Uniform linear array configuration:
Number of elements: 48
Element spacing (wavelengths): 1
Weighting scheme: hamming
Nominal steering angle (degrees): -15
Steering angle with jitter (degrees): -15.638
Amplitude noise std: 0.05
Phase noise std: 0.05

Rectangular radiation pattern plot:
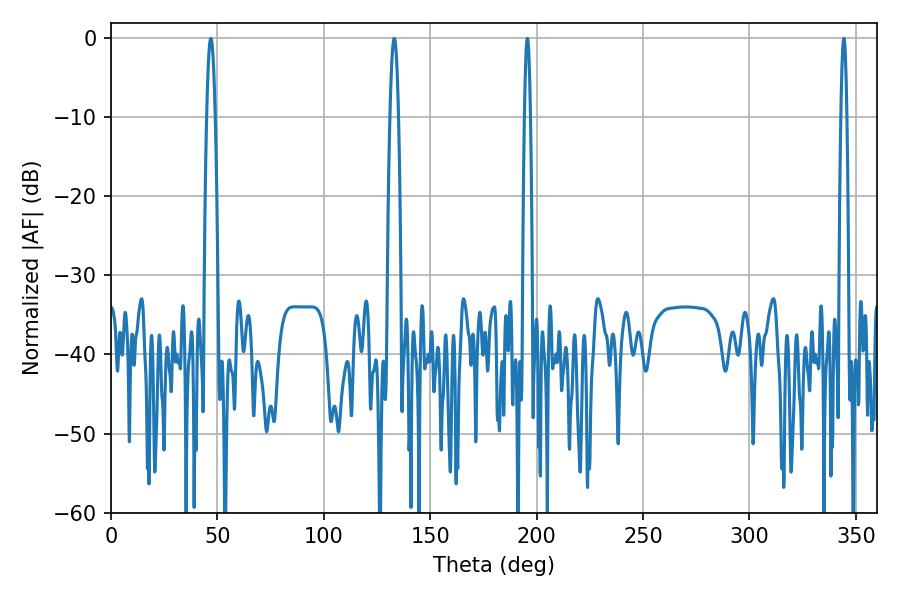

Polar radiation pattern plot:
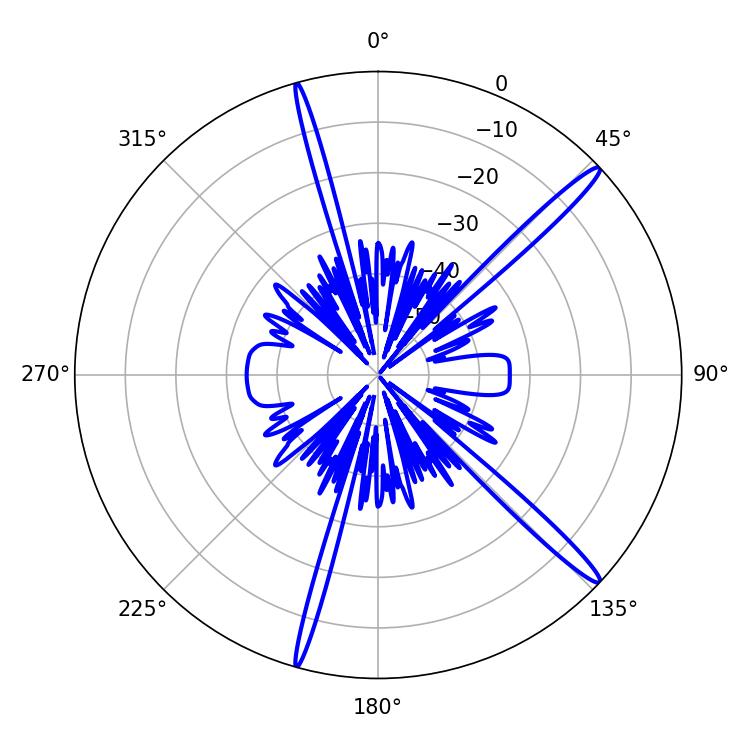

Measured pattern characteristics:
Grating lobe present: TRUE
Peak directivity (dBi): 16.441
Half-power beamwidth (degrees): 1.44
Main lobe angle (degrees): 195.66